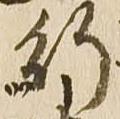
行